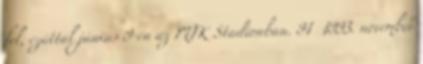
fel, ezúttal június 9-én az MTK Stadionban. 91 1993. november